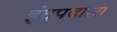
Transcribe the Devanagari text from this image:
इंद्रपदाला